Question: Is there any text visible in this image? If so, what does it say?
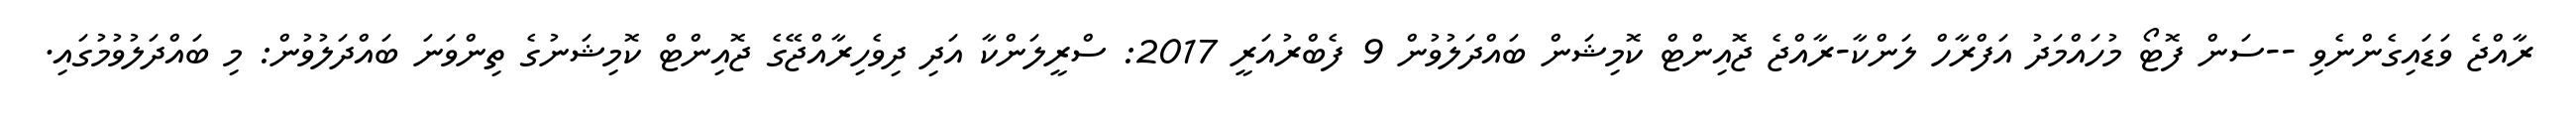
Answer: ރާއްޖެ ވަޑައިގެންނެވި --ސަން ފޮޓޯ މުހައްމަދު އަފްރާހް ލަންކާ-ރާއްޖެ ޖޮއިންޓް ކޮމިޝަން ބައްދަލުވުން 9 ފެބްރުއަރީ 2017: ސްރީލަންކާ އަދި ދިވެހިރާއްޖޭގެ ޖޮއިންޓް ކޮމިޝަނުގެ ތިންވަނަ ބައްދަލުވުން: މި ބައްދަލުވުމުގައި.